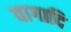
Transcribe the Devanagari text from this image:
वागादि